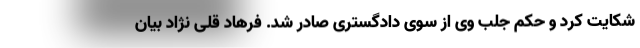
شکایت کرد و حکم جلب وی از سوی دادگستری صادر شد. فرهاد قلی نژاد بیان